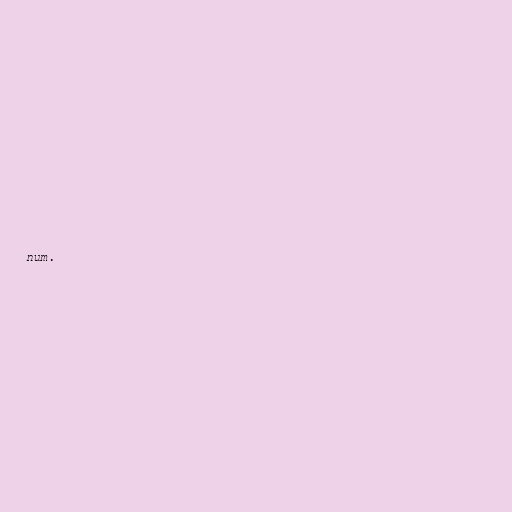
num.